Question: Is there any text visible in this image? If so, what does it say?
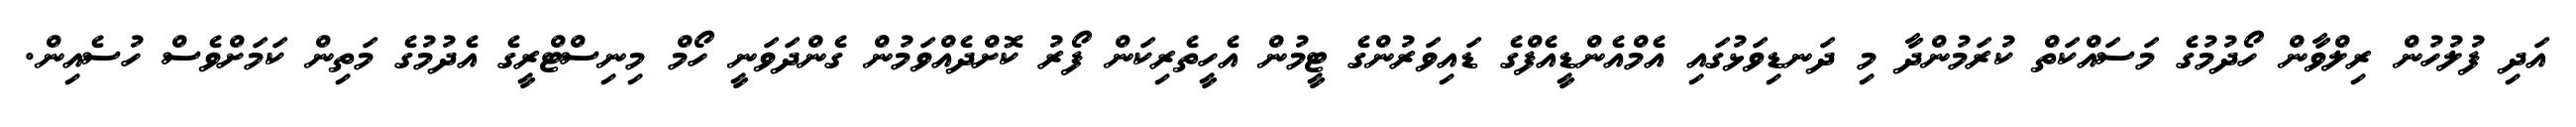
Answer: އަދި ފުލުހުން ރިލްވާން ހޯދުމުގެ މަސައްކަތް ކުރަމުންދާ މި ދަނޑިވަޅުގައި އެމްއެންޑީއެފްގެ ޑައިވަރުންގެ ޓީމުން އެހީތެރިކަން ފޯރު ކޮށްދެއްވަމުން ގެންދަވަނީ ހޯމް މިނިސްޓްރީގެ އެދުމުގެ މަތިން ކަމަށްވެސް ހުސެއިން.